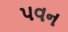
પવન